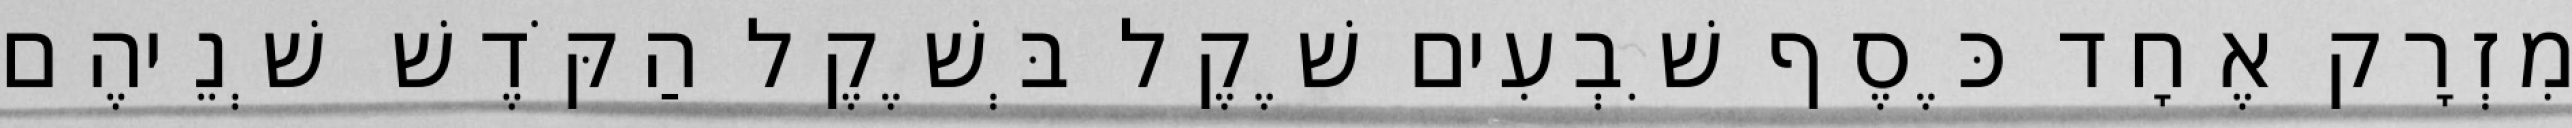
מִזְרָק אֶחָד כֶּסֶף שִׁבְעִים שֶׁקֶל בְּשֶׁקֶל הַקֹּדֶשׁ שְׁנֵיהֶם